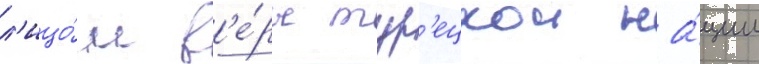
л'ицо́м в'е́ры тур'ецкои на́ции